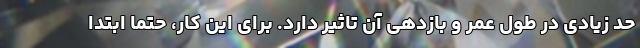
حد زیادی در طول عمر و بازدهی آن تاثیر دارد. برای این کار، حتما ابتدا